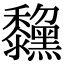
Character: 𪒺